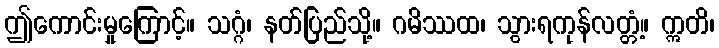
ဤကောင်းမှုကြောင့်။ သဂ္ဂံ၊ နတ်ပြည်သို့။ ဂမိဿထ၊ သွားရကုန်လတ္တံ့။ ဣတိ၊